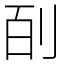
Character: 㓦